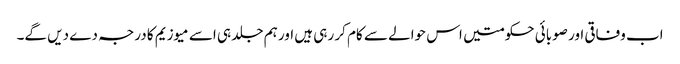
اب وفاقی اور صوبائی حکومتیں اس حوالے سے کام کر رہی ہیں اور ہم جلد ہی اسے میوزیم کا درجہ دے دیں گے۔